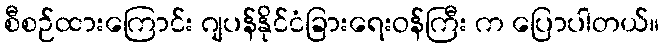
စီစဉ်ထားကြောင်း ဂျပန်နိုင်ငံခြားရေးဝန်ကြီး က ပြောပါတယ်။